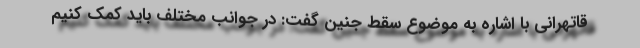
قاتهرانی با اشاره به موضوع سقط جنین گفت: در جوانب مختلف باید کمک کنیم